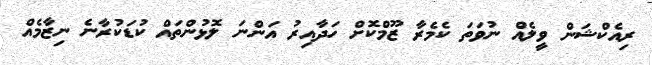
ރިއެކްޝަން ވީލެއް ނުވަތަ ކެމެރާ ޒޫމްކޮށް ހަދާއިރު އަންނަ ލޮޅުންތައް ކުޑަކުރާނެ ނިޒާމެއް